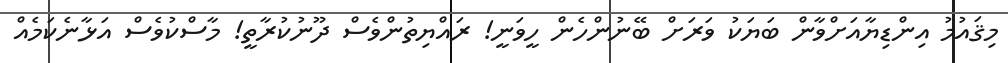
މިޤައުމު އިންޑިޔާއަށްވާން ބަޔަކު ވަރަށް ބޭނުންހެން ހީވަނީ! ރައްޔިތުންވެސް ދޫނުކުރާތީ! މާސްކުވެސް އަޅާނެކަމެއް